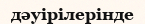
дәуірілерінде